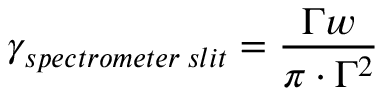
\gamma _ { s p e c t r o m e t e r \: s l i t } = \frac { \Gamma w } { \pi \cdot \Gamma ^ { 2 } }